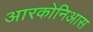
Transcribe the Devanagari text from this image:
आरकोनिआस